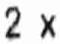
2 X